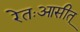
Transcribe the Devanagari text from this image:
रेतःआसीत्